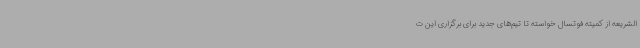
الشریعه از کمیته فوتسال خواسته تا تیم‌های جدید برای برگزاری این ت